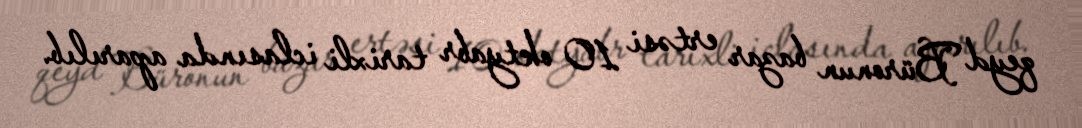
qeyd Büronun bazar ertəsi 10 oktyabr tarixli iclasında aparılıb.